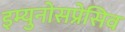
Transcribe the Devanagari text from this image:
इम्युनोसप्रेसिव